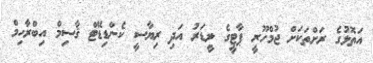
އަތޮޅުގެ ރަށްތަކަށް ޖުމްހޫރީ ޕާޓީގެ ލީޑަރު އަދި ރިޔާސީ ކެންޑިޑޭޓް ޤާސިމް އިބްރާހިމް